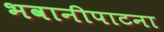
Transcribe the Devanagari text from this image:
भवानीपाटना